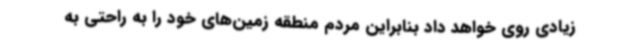
زیادی روی خواهد داد بنابراین مردم منطقه زمین‌های خود را به راحتی به